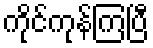
ကိုင်ကုန်ကြပြီ